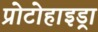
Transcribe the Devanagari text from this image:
प्रोटोहाइड्रा